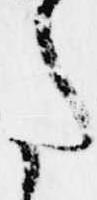
た